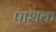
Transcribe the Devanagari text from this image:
पाशक